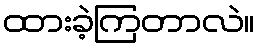
ထားခဲ့ကြတာလဲ။